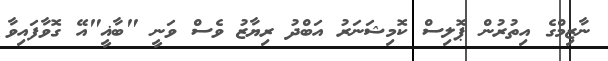
ނާޒިމްގެ އިތުރުން ޕޮލިސް ކޮމިޝަނަރު އަބްދު ރިޔާޒު ވެސް ވަނީ "ބާޣީ"އޭ ގޮވާފައިވާ